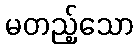
မတည့်သော